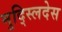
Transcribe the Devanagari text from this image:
मुद्स्लिदेस